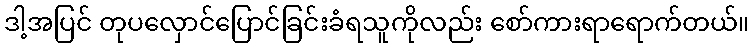
ဒါ့အပြင် တုပလှောင်ပြောင်ခြင်းခံရသူကိုလည်း စော်ကားရာရောက်တယ်။